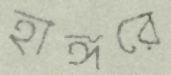
হাঙ্গরে